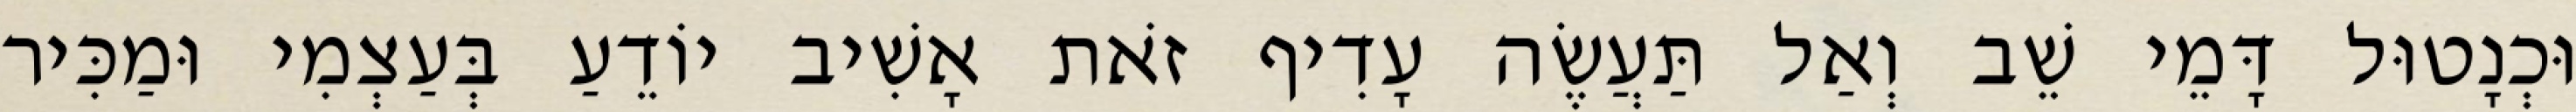
וּכְנָטוּל דָּמֵי שֵׁב וְאַל תַּעֲשֶׂה עָדִיף זֹאת אָשִׁיב יוֹדֵעַ בְּעַצְמִי וּמַכִּיר